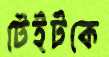
টেইটকে